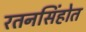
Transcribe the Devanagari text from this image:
रतनसिंहोत